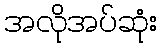
အလိုအပ်ဆုံး